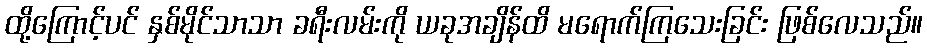
ထို့ကြောင့်ပင် နှစ်မိုင်သာသာ ခရီးလမ်းကို ယခုအချိန်ထိ မရောက်ကြသေးခြင်း ဖြစ်လေသည်။